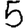
Digit: 5